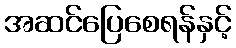
အဆင်ပြေစေရန်နှင့်